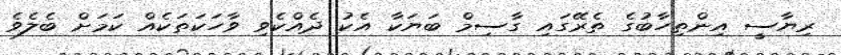
ރިޔާސީ އިންތިހާބުގެ ތެރޭގައި ގާސިމް ބަޔަކާ އެކު ދެއްކެވި ވާހަކަތަކެއް ކަމަށް ބެލެވެ